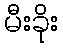
မီးခိုး